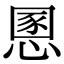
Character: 慁